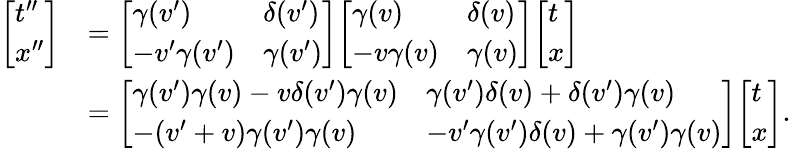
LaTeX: {\begin{array}{rl}{{\left[\begin{array}{l}{t^{\prime\prime}}\\ {x^{\prime\prime}}\end{array}\right]}}&{={\left[\begin{array}{ll}{\gamma(v^{\prime})}&{\delta(v^{\prime})}\\ {-v^{\prime}\gamma(v^{\prime})}&{\gamma(v^{\prime})}\end{array}\right]}{\left[\begin{array}{ll}{\gamma(v)}&{\delta(v)}\\ {-v\gamma(v)}&{\gamma(v)}\end{array}\right]}{\left[\begin{array}{l}{t}\\ {x}\end{array}\right]}}\\ &{={\left[\begin{array}{ll}{\gamma(v^{\prime})\gamma(v)-v\delta(v^{\prime})\gamma(v)}&{\gamma(v^{\prime})\delta(v)+\delta(v^{\prime})\gamma(v)}\\ {-(v^{\prime}+v)\gamma(v^{\prime})\gamma(v)}&{-v^{\prime}\gamma(v^{\prime})\delta(v)+\gamma(v^{\prime})\gamma(v)}\end{array}\right]}{\left[\begin{array}{l}{t}\\ {x}\end{array}\right]}.}\end{array}}